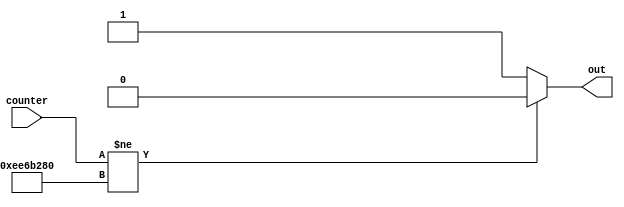
module Comparator(
	input[31:0] counter,
	output reg out
);

reg[31:0] cntNumber = 250000000;

always@(counter or cntNumber) begin
	if(counter != cntNumber)
		out <= 0;
		else
		out<=1;
	end
endmodule